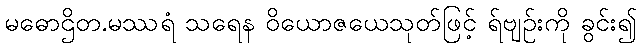
မဓောဌိတ.မဿရံ သရေန ဝိယောဇယေသုတ်ဖြင့် ရ်ဗျဉ်းကို ခွင်း၍